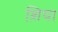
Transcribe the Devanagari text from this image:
श़िया